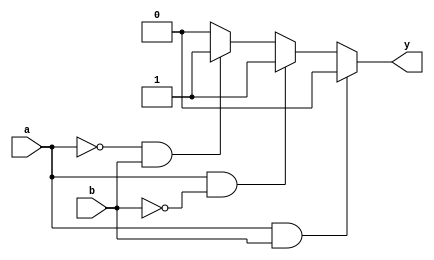
module combinational_logic (
    input wire a,       // First input
    input wire b,       // Second input
    output wire y       // Output
);

// Define the logic function with Don't Care conditions
// Here, we assume that the output is valid for combinations:
// 00: y = 0
// 01: y = 1
// 10: y = 1
// 11: y = 0 (this could be a Don't Care condition)
// Therefore, the Don't Care condition 'X' can be used for the (1, 1) input.

assign y = (a & b) ? 0 :            // y = 0 when (a, b) = (1, 1)
           (a & ~b) ? 1 :           // y = 1 when (a, b) = (1, 0)
           (~a & b) ? 1 :           // y = 1 when (a, b) = (0, 1)
           0;                        // y = 0 when (a, b) = (0, 0)

endmodule